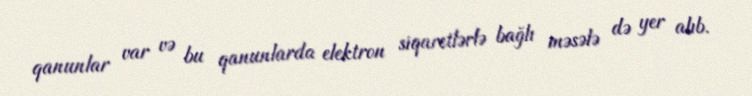
qanunlar var və bu qanunlarda elektron siqaretlərlə bağlı məsələ də yer alıb.